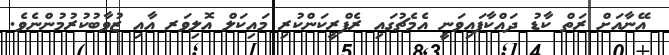
އޭނާއަށް ރަތް ކާޑު ދައްކާފައިވަނީ އެމެޗުގައި ރެފްރީކަންކުރި މައިކަލް އޮލިވަރ އާއި ޒުވާބުކުރުމުންނެވެ.